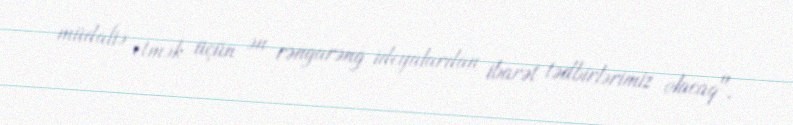
müdafiə etmək üçün ən rəngarəng ideyalardan ibarət tədbirlərimiz olacaq".